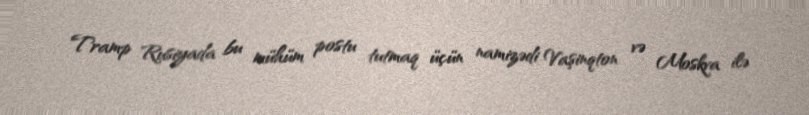
Tramp Rusiyada bu mühüm postu tutmaq üçün namizədi Vaşinqton və Moskva ilə